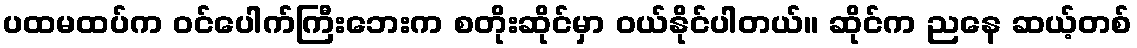
ပထမထပ်က ဝင်ပေါက်ကြီးဘေးက စတိုးဆိုင်မှာ ဝယ်နိုင်ပါတယ်။ ဆိုင်က ညနေ ဆယ့်တစ်